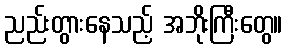
ညည်းတွားနေသည့် အဘိုးကြီးတွေ။